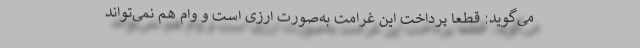
می‌گوید: قطعا پرداخت این غرامت به‌صورت ارزی است و وام هم نمی‌تواند